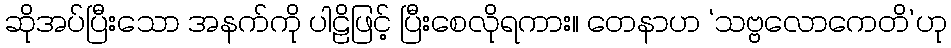
ဆိုအပ်ပြီးသော အနက်ကို ပါဠိဖြင့် ပြီးစေလိုရကား။ တေနာဟ ‘သဗ္ဗလောကေတိ’ဟု